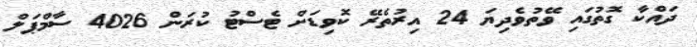
ދައްކާ ގޮތުގައި ވޭތުވެދިޔަ 24 އިރުތެރޭ ކޮވިޑަށް ޓެސްޓު ކުރަން 4026 ސާމްޕަލް